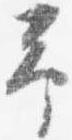
予